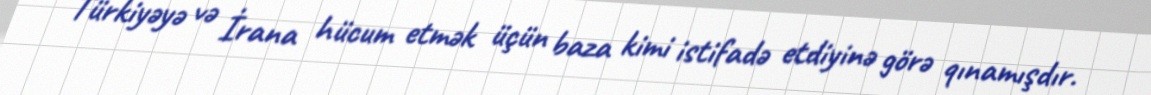
Türkiyəyə və İrana hücum etmək üçün baza kimi istifadə etdiyinə görə qınamışdır.